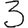
Digit: 3